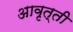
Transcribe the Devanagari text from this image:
अावृत्ती